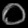
Digit: ၀